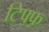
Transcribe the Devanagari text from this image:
टिफ़्फ़